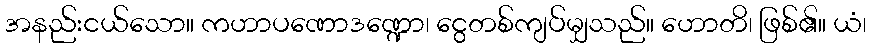
အနည်းငယ်သော။ ကဟာပဏောဒဏ္ဍော၊ ငွေတစ်ကျပ်မျှသည်။ ဟောတိ၊ ဖြစ်၏။ ယံ၊